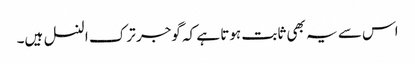
اس سے یہ بھی ثابت ہوتا ہے کہ گوجر ترک النسل ہیں۔